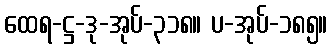
ထေရ-ဋ္ဌ-ဒု-အုပ်-၃၁၈။ ပ-အုပ်-၁၈၅။